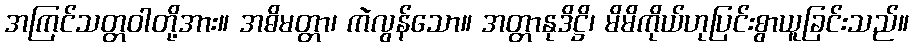
အကြင်သတ္တဝါတို့အား။ အဓိမတ္တာ၊ ကဲလွန်သော။ အတ္တာနုဒိဋ္ဌိ၊ မိမိကိုယ်ဟုပြင်းစွာယူခြင်းသည်။